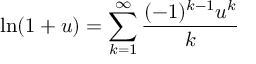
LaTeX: \ln ( 1 + u ) = \sum _ { k = 1 } ^ { \infty } { \frac { ( - 1 ) ^ { k - 1 } u ^ { k } } { k } }